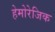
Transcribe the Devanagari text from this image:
हेमोरेजिक